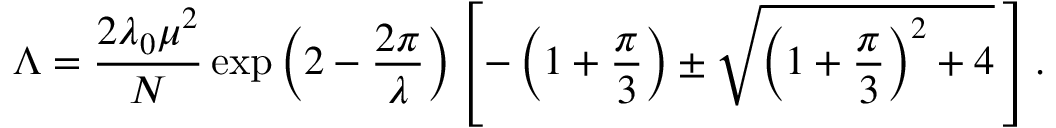
\Lambda = \frac { 2 \lambda _ { 0 } \mu ^ { 2 } } { N } \exp \left( 2 - \frac { 2 \pi } { \lambda } \right) \left[ - \left( 1 + \frac { \pi } { 3 } \right) \pm \sqrt { \left( 1 + \frac { \pi } { 3 } \right) ^ { 2 } + 4 } \, \right] .